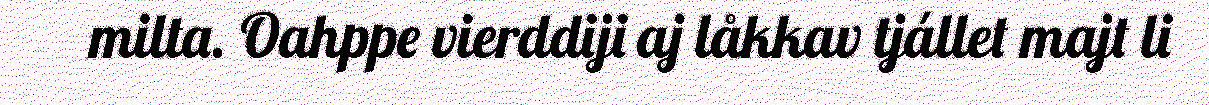
milta. Oahppe vierddiji aj låkkav tjállet majt li